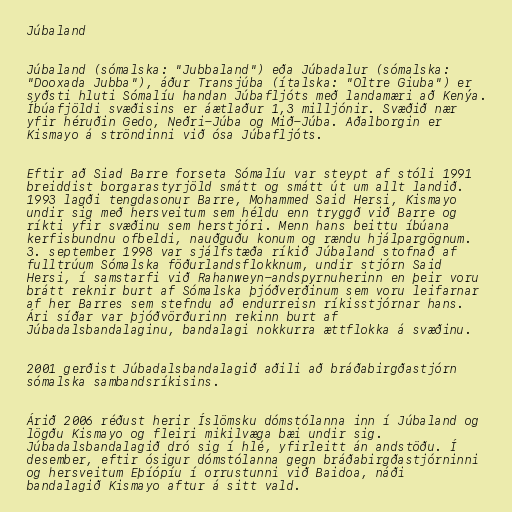
Júbaland

Júbaland (sómalska: "Jubbaland") eða Júbadalur (sómalska:
"Dooxada Jubba"), áður Transjúba (ítalska: "Oltre Giuba") er
syðsti hluti Sómalíu handan Júbafljóts með landamæri að Kenýa.
Íbúafjöldi svæðisins er áætlaður 1,3 milljónir. Svæðið nær
yfir héruðin Gedo, Neðri-Júba og Mið-Júba. Aðalborgin er
Kismayo á ströndinni við ósa Júbafljóts.

Eftir að Siad Barre forseta Sómalíu var steypt af stóli 1991
breiddist borgarastyrjöld smátt og smátt út um allt landið.
1993 lagði tengdasonur Barre, Mohammed Said Hersi, Kismayo
undir sig með hersveitum sem héldu enn tryggð við Barre og
ríkti yfir svæðinu sem herstjóri. Menn hans beittu íbúana
kerfisbundnu ofbeldi, nauðguðu konum og rændu hjálpargögnum.
3. september 1998 var sjálfstæða ríkið Júbaland stofnað af
fulltrúum Sómalska föðurlandsflokknum, undir stjórn Said
Hersi, í samstarfi við Rahanweyn-andspyrnuherinn en þeir voru
brátt reknir burt af Sómalska þjóðverðinum sem voru leifarnar
af her Barres sem stefndu að endurreisn ríkisstjórnar hans.
Ári síðar var þjóðvörðurinn rekinn burt af
Júbadalsbandalaginu, bandalagi nokkurra ættflokka á svæðinu.

2001 gerðist Júbadalsbandalagið aðili að bráðabirgðastjórn
sómalska sambandsríkisins.

Árið 2006 réðust herir Íslömsku dómstólanna inn í Júbaland og
lögðu Kismayo og fleiri mikilvæga bæi undir sig.
Júbadalsbandalagið dró sig í hlé, yfirleitt án andstöðu. Í
desember, eftir ósigur dómstólanna gegn bráðabirgðastjórninni
og hersveitum Eþíópíu í orrustunni við Baidoa, náði
bandalagið Kismayo aftur á sitt vald.